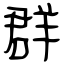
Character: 群